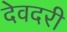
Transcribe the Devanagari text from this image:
देवदरी